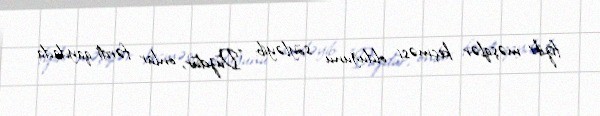
fiziki məşqlər keçməsi olduğunu söyləyib: "Düzdür, onlar fərdi qaydada